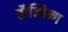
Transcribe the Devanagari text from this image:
हौन्तिन्ग